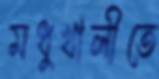
মধুখালীতে